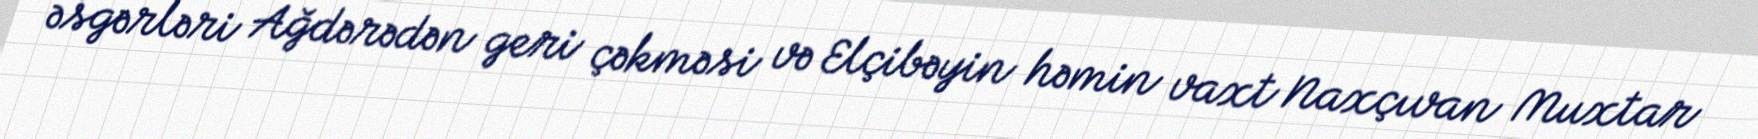
əsgərləri Ağdərədən geri çəkməsi və Elçibəyin həmin vaxt Naxçıvan Muxtar